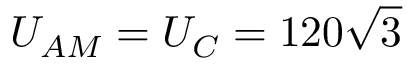
U _ { A M } = U _ { C } = 1 2 0 \sqrt { 3 }